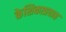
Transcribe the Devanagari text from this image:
केशिकाप्रवाह